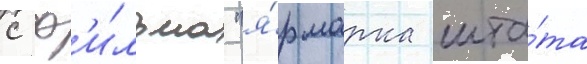
с ф'и́льма "я́рмарка шта́та